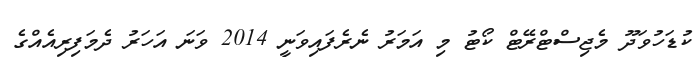
ކުޑަހުވަދޫ މެޖިސްޓްރޭޓް ކޯޓު މި އަމަރު ނެރެފައިވަނީ 2014 ވަނަ އަހަރު ދެމަފިރިއެއްގެ